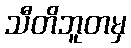
သီတိဘူတမှ